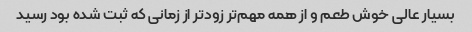
بسیار عالی خوش طعم و از همه مهم‌تر زودتر از زمانی که ثبت شده بود رسید